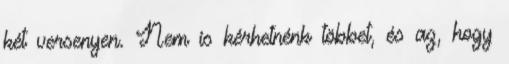
két versenyen. Nem is kérhetnénk többet, és az, hogy